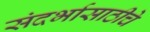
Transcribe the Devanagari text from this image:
संदर्भासाठीचे